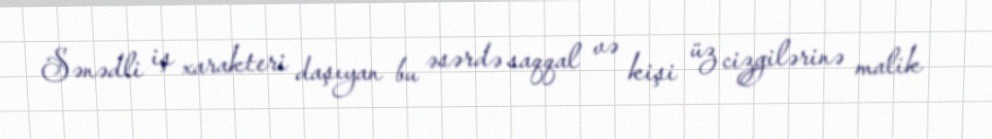
Sənədli iş xarakteri daşıyan bu əsərdə saqqal və kişi üz cizgilərinə malik